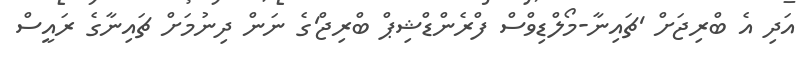
އަދި އެ ބްރިޖަށް 'ޗައިނާ-މޯލްޑިވްސް ފްރެންޑްޝިޕް ބްރިޖް'ގެ ނަން ދިނުމަށް ޗައިނާގެ ރައީސް